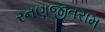
રનણજીતરામ